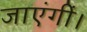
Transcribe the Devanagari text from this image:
जाएंगीं।